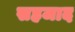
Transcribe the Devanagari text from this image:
सहजाद